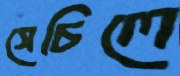
সেচিলে